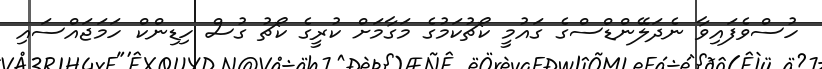
ހުސްވެފައިވާ ނެދަލޭންޑްސްގެ ގައުމީ ކޯޗުކަމުގެ މަގާމަށް ކުރީގެ ކޯޗު ގުސް ހިޑިންކް ހަމަޖައްސައި